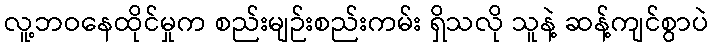
လူ့ဘဝနေထိုင်မှုက စည်းမျဉ်းစည်းကမ်း ရှိသလို သူနဲ့ ဆန့်ကျင်စွာပဲ